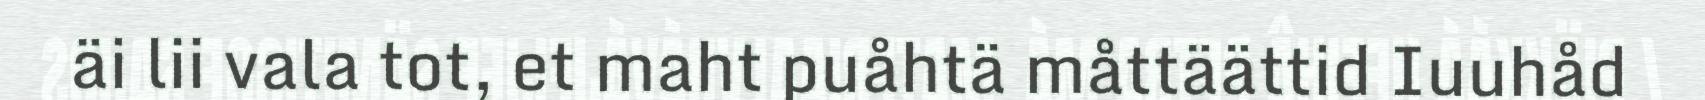
äi lii vala tot, et maht puåhtä måttäättid Iuuhåd